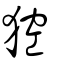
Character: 𤟄